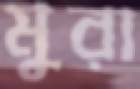
মুরা